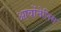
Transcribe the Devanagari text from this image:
आर्वोनेलिस